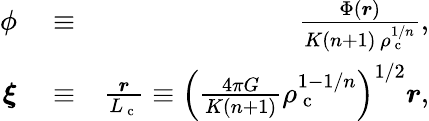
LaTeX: \begin{array}{rlr}{\phi}&{{}\equiv}&{\frac{\Phi(\boldsymbol{r})}{K(n+1)\, \rho_{\mathrm{~c~}}^{1/n}},}\\ {\boldsymbol{\xi}}&{{}\equiv}&{\frac{\boldsymbol{r}}{L_{\mathrm{~c~}}}\equiv\left(\frac{4\pi G}{K(n+1)}\rho_{\mathrm{~c~}}^{1-1/n}\right)^{1/2}\boldsymbol{r},}\end{array}